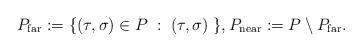
LaTeX: \begin{align*}P_{\rm far} := \{(\tau,\sigma) \in P \; : \; (\tau,\sigma) \; \}, P_{\rm near} := P\setminus P_{\rm far}.\end{align*}